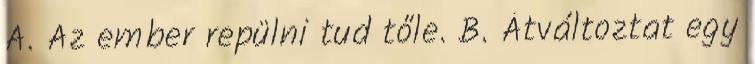
A. Az ember repülni tud tőle. B. Átváltoztat egy